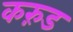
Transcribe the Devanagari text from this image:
करुंड